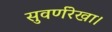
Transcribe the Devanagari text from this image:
सुवर्णरेखा।